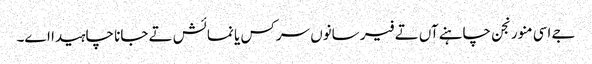
جے اسی منورنجن چاہنے آں تے فیر سانوں سرکس یا نمائش تے جانا چاہیدا اے۔